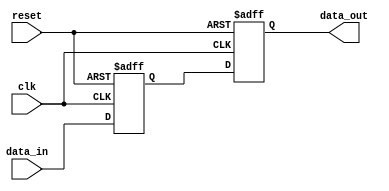
module behavioral_model (
    input wire clk,          // Clock signal
    input wire reset,        // Reset signal
    input wire [3:0] data_in, // 4-bit input data
    output reg [3:0] data_out // 4-bit output data
);

// Signal declaration
reg [3:0] internal_reg; // Internal register to hold data

// Task definition
task update_data;
    input [3:0] new_data; // Input parameter for the task
    begin
        // Continuous assignment using non-blocking assignment
        internal_reg <= new_data; // Update internal register
        data_out <= internal_reg;  // Update output based on internal register
    end
endtask

// Always block to trigger the task on clock edge or reset
always @(posedge clk or posedge reset) begin
    if (reset) begin
        internal_reg <= 4'b0000; // Reset internal register
        data_out <= 4'b0000;     // Reset output
    end else begin
        update_data(data_in);    // Call the task with input data
    end
end

endmodule